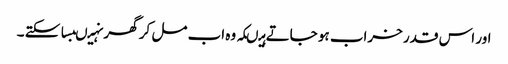
اور اس قدر خراب ہو جاتے ہیںکہ وہ اب مل کر گھر نہیںبسا سکتے ۔